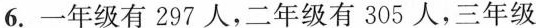
6.一年级有297人，二年级有305人，三年级